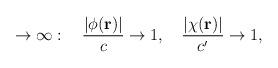
LaTeX: \begin{align*}\rightarrow\infty:\hspace{4mm} \frac{|\phi({\bf r})|}{c}\rightarrow 1,\hspace{4mm} \frac{|\chi({\bf r})|}{c'}\rightarrow 1,\end{align*}